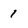
Character: 1